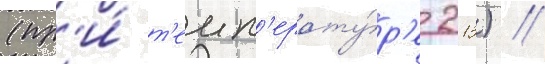
(пр'и́ т'емп'ерату́р'е 213) /